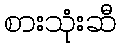
စားသုံးဆီ